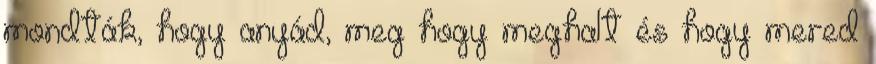
mondták, hogy anyád, meg hogy meghalt és hogy mered